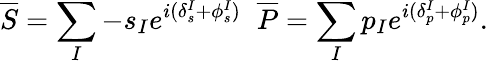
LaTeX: \overline{{{S}}}=\sum_{I}-s_{I}e^{i(\delta_{s}^{I}+\phi_{s}^{I})}\; \; \overline{{{P}}}=\sum_{I}p_{I}e^{i(\delta_{p}^{I}+\phi_{p}^{I})}.